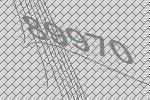
89970